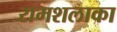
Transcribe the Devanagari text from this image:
रामशलाका